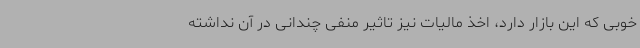
خوبی که این بازار دارد، اخذ مالیات نیز تاثیر منفی چندانی در آن نداشته